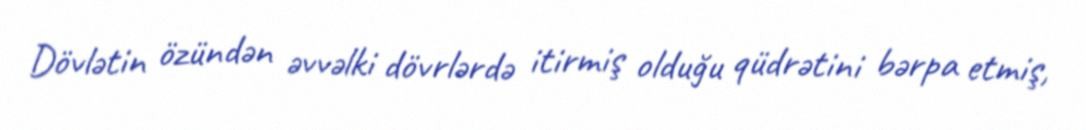
Dövlətin özündən əvvəlki dövrlərdə itirmiş olduğu qüdrətini bərpa etmiş,